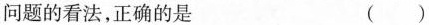
问题的看法，正确的是 ()